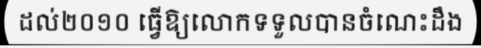
ដល់២០១០ ធ្វើឱ្យលោកទទួលបានចំណេះដឹង